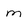
Character: m